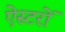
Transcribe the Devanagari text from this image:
ऐस्टरों